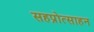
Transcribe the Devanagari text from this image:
सहप्रोत्साहन